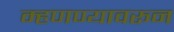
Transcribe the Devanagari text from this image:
म्हणण्यावरून